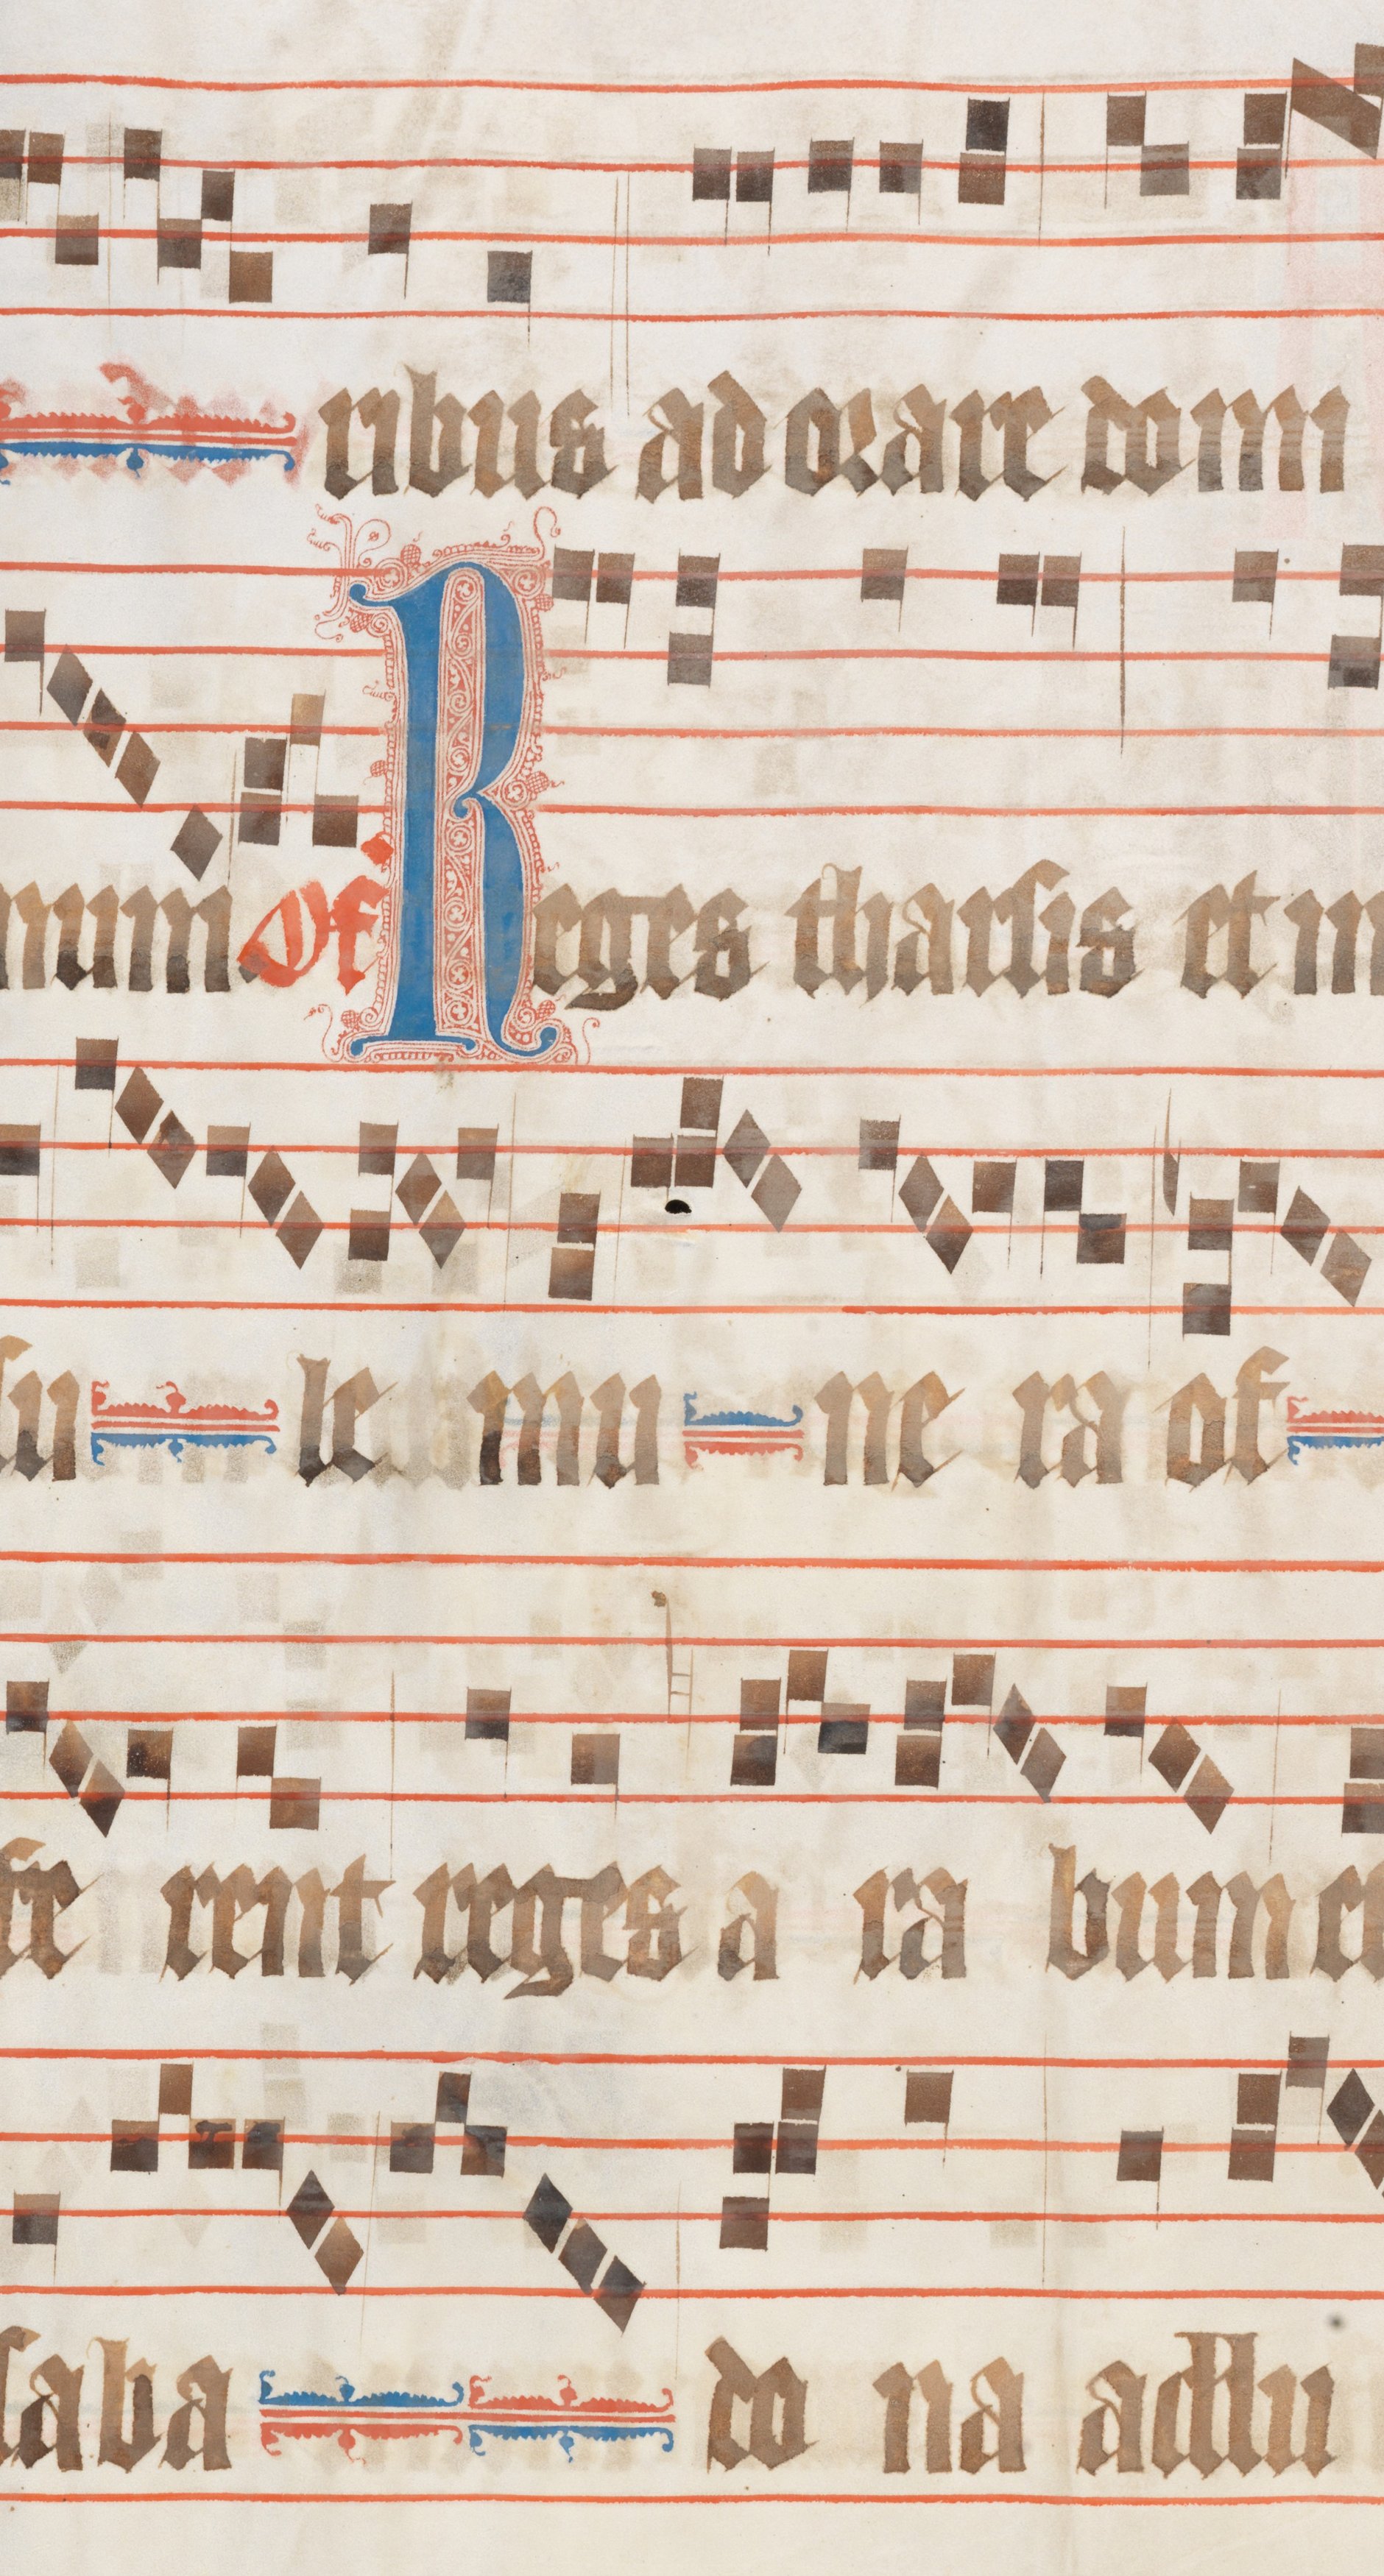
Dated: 1330–1335